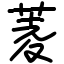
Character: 菱